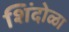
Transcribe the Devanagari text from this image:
शिंदोळा